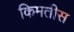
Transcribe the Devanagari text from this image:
किमतीस